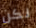
لكن